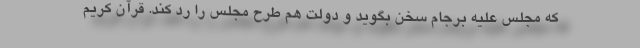
که مجلس علیه برجام سخن بگوید و دولت هم طرح مجلس را رد کند. قرآن کریم